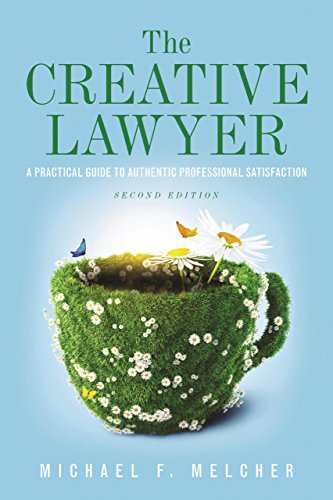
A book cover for The Creative Lawyer: A Practical Guide to Authentic Professional Satisfaction; Michael F. Melcher; Law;